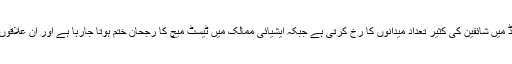
فرانسیسی خبر رساں ادارے اے ایف پی کے مطابق سابق اوپننگ بیٹسمین کا کہنا تھا کہ انگلینڈ میں شائقین کی کثیر تعداد میدانوں کا رخ کرتی ہے جبکہ ایشیائی ممالک میں ٹیسٹ میچ کا رجحان ختم ہوتا جارہا ہے اور ان علاقوں میں ڈومیسٹک ٹی ٹوئنٹی ٹورنامنٹ کے انعقاد سے شائقین، کرکٹ میں دلچسپی لے رہے ہیں۔